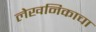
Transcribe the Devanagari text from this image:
लेखनिकाचा